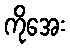
ကိုအေး